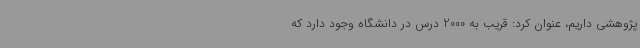
پژوهشی داریم، عنوان کرد: قریب به 2000 درس در دانشگاه وجود دارد که